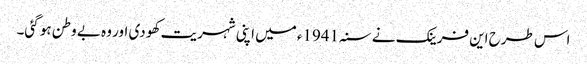
اس طرح این فرینک نے سنہ 1941ء میں اپنی شہریت کھو دی اور وہ بے وطن ہو گئی۔